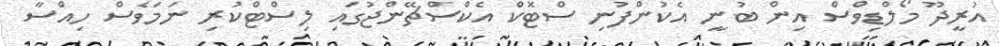
އުރީދޫ މޯލްޑިވްސް އިން ބުނީ އެކުންފުނި ސްޓޮކް އެކްސްޗޭންޖުގައި ލިސްޓްކުރި ނަމަވެސް ހިއްސާ